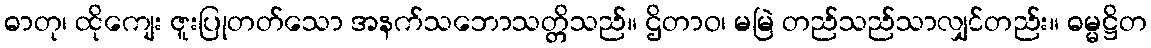
ဓာတု၊ ထိုကျေး ဇူးပြုတတ်သော အနက်သဘောသတ္တိသည်။ ဌိတာဝ၊ မမြဲ တည်သည်သာလျှင်တည်း။ ဓမ္မဋ္ဌိတ